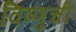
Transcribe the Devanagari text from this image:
विष्णुची